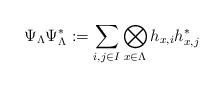
LaTeX: \begin{align*}\Psi_{\Lambda}\Psi_{\Lambda}^* := \sum_{i,j\in I} \bigotimes_{x\in \Lambda} h_{x, i}h_{x, j}^*\end{align*}